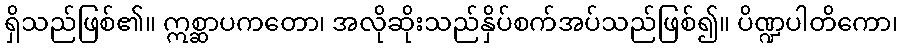
ရှိသည်ဖြစ်၏။ ဣစ္ဆာပကတော၊ အလိုဆိုးသည်နှိပ်စက်အပ်သည်ဖြစ်၍။ ပိဏ္ဍပါတိကော၊